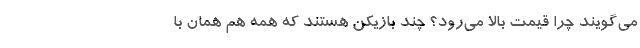
می‌گویند چرا قیمت بالا می‌رود؟ چند بازیکن هستند که همه هم همان با